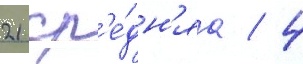
21 ср'е́дн'яа / 4